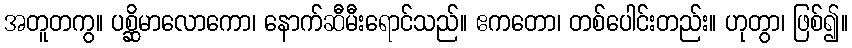
အတူတကွ။ ပစ္ဆိမာလောကော၊ နောက်ဆီမီးရောင်သည်။ ဧကတော၊ တစ်ပေါင်းတည်း။ ဟုတွာ၊ ဖြစ်၍။